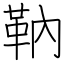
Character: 靹